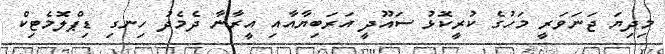
މިދިޔަ ޖަނަވަރީ މަހުގެ ކުރީކޮޅު ސައޫދީ އަރަބިޔާއާއި އީރާނާ ދެމެދު ހިނގި ޑިޕްލޮމެޓިކް